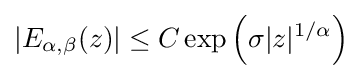
|E_{\alpha ,\beta }(z)|\leq C\exp \left(\sigma |z|^{1/\alpha }\right)